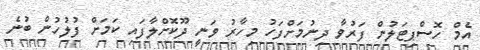
އެމް ހޮސްޕިޓަލުން ފަރުވާ ދިނުމަށްފަހު މިހާރު ވަނީ ދޫކޮށްލާފައި ކަމަށް ފުލުހުން ބުނެ